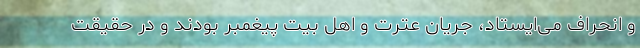
و انحراف می‌ایستاد، جریان عترت و اهل بیت پیغمبر بودند و در حقیقت